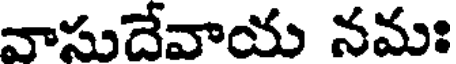
వాసుదేవాయ నమః